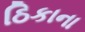
ઠિકાના